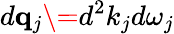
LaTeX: d{\mathbf q}_{j}\= d^{2}k_{j}d\omega_{j}